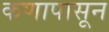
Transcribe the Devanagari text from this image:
कणापासून